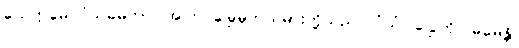
ယေဣမေ ဝံသဓမကာ၊ အကြင်မြွေမှုတ်သမားတို့သည်။ ဝံသံ၊ ပြွေကို။ ဓမေန္တိ၊